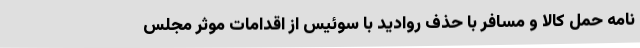
نامه حمل کالا و مسافر با حذف روادید با سوئیس از اقدامات موثر مجلس